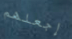
إجعلهم